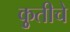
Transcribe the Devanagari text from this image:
कृुतीचे